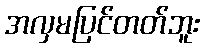
အလှမပြင်တတ်ဘူး